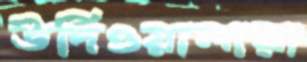
উর্দিওয়ালারা